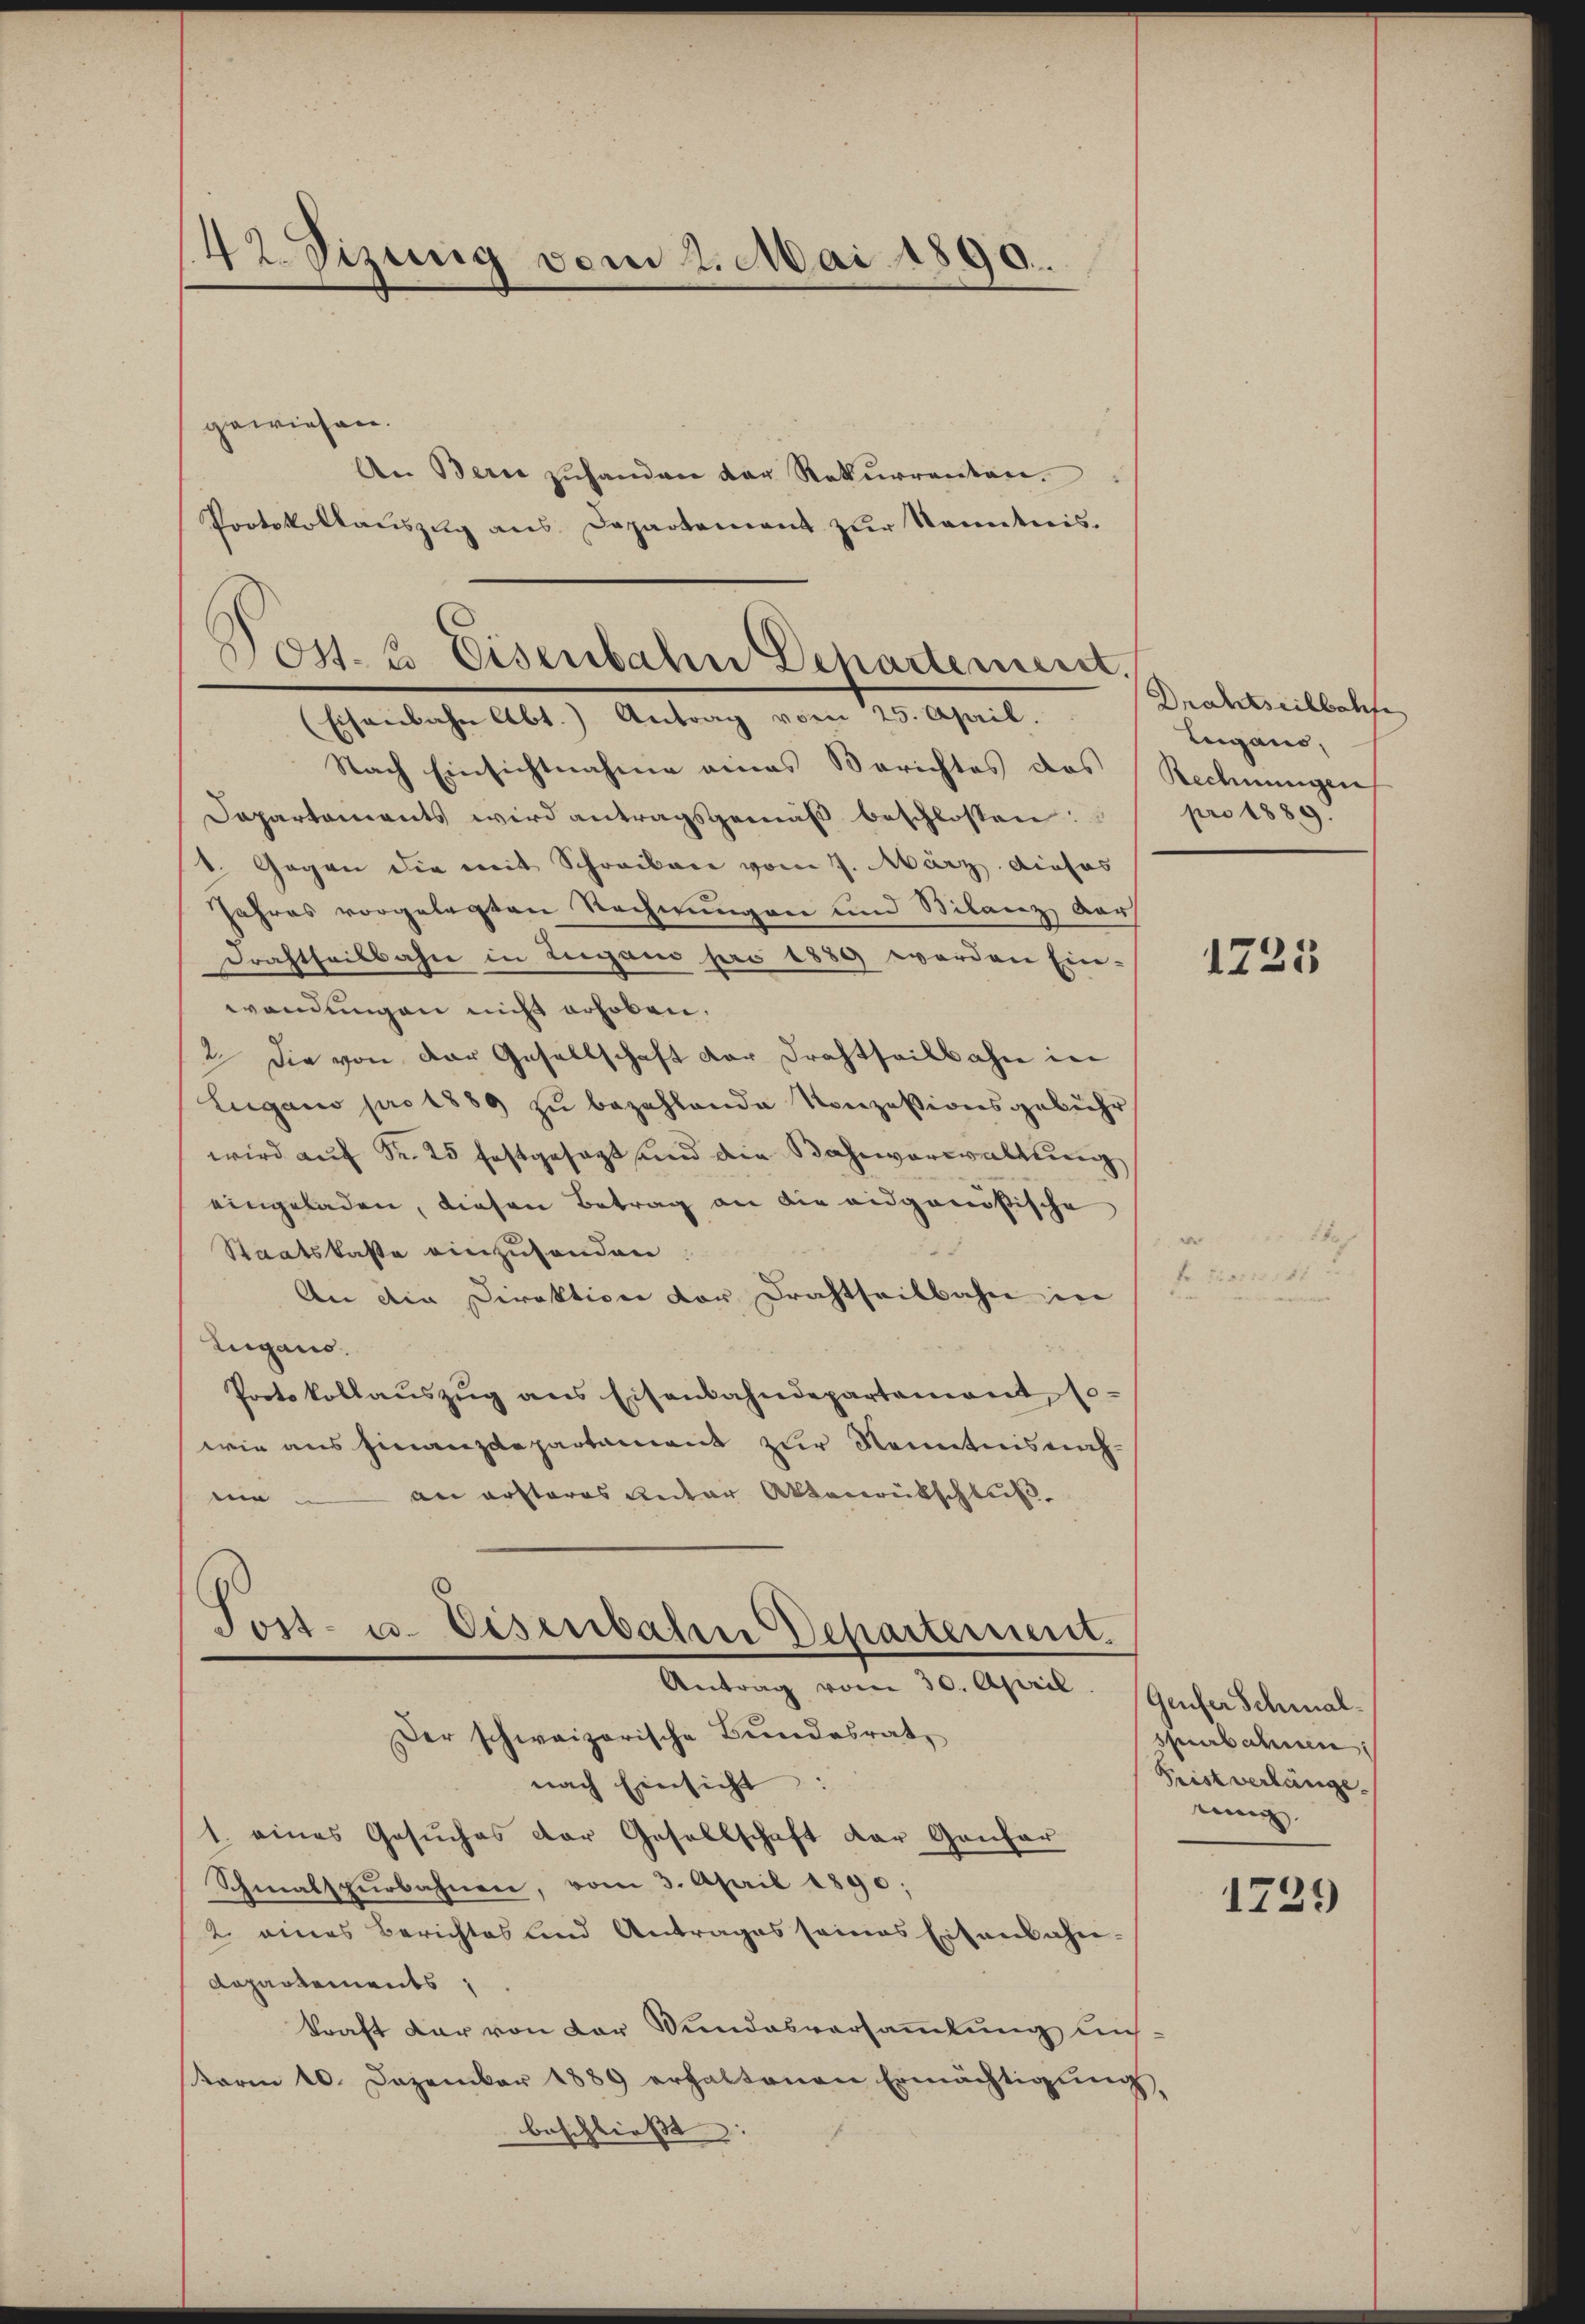
42. Sizung vom 2. Mai 1890.

gewiesen.
An Bern zuhanden der Rekurrenten.
Protokollaŭszŭg ans Departement zŭr Kenntnis.

Pos. 2 Eisenbahn Departement
(Eisenbahn Abt. Antrag vom 25. April.

Nach Einsichtnahme eines Berichtes des Rechnungen
Dapartements wird antragsgemäß beschlossen:
1. Gegen die mit Schreiben vom 7. März dieses
Jahres vorgelegten Rechnungen und Silanz dars
Drahtheilbahn in Lugano pro 1889 werden Ein-
wendungen nicht erhoben,
2. Die von der Gesellschaft der Drahtheilbahn in
Eugano pro 1889 zu bezahlende Konzessionsgebühr
wird auf Fr. 25 festgesagt und die Bahnverwaltung
eingeladen, diesen Betrag an die eidgenößische
d
Staatskaste einzusenden
An die Direktion vor Drahtheilbahn in
Lugano.
Protokollauszug aus Eisenbahndepartement, so-
wie aus Finanzdepartament zur Kenntnis nachmie an ersteres unter Aktenrütschluß.
Tost- u. Eisenbaten Departement.

Antrag vom 30. April. (Genfer Schmal-
Der schweizerische Bundesrat

nach Einsicht:
1. eines Gesuches der Gesellschaft der Genfer
Schmalspurbahnen, vom 3. April 1890;
2. eines Berichtes und Antrages seines Eisenbahn-
Dapartements
kraft dar von der Wundesversammlung unsterm 10. Dezember 1889 erhaltenen Ermächtigung,
beschließt:

Drahtseitbahne
Lugano,
pro 1889.

1725

suebahnen.
Frist verlänge.
tenig

1729